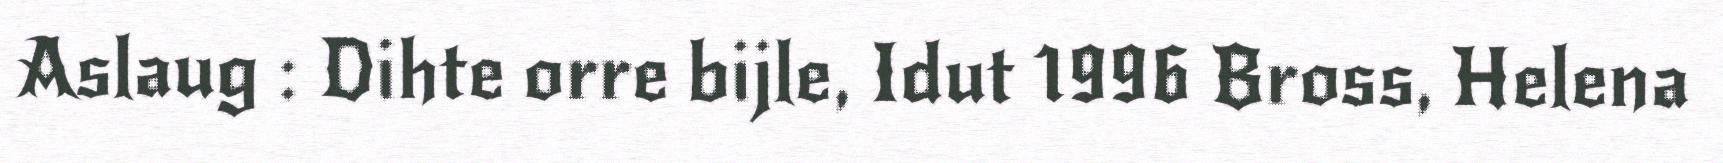
Aslaug : Dihte orre bijle, Idut 1996 Bross, Helena